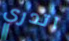
اتدري